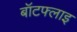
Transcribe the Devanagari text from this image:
बॉटफ्लाइ